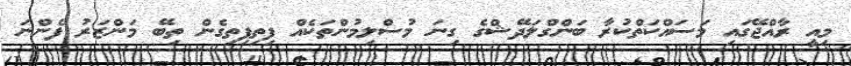
މިއީ ރާއްޖޭގައި މަސައްކަތްކުރާ ބަންގްލަދޭޝްގެ ގިނަ މުސްލިމުންތަކެއް ފިތިފިތިގެން ތިބޭ މަންޒަރު ފެންނަ